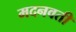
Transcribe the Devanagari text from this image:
मदनवती